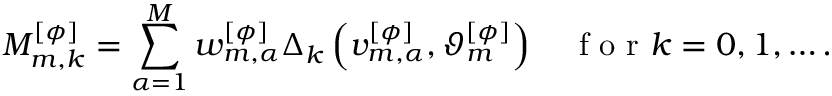
M _ { m , k } ^ { [ \phi ] } = \sum _ { \alpha = 1 } ^ { M } w _ { m , \alpha } ^ { [ \phi ] } \Delta _ { k } \left( v _ { m , \alpha } ^ { [ \phi ] } , \vartheta _ { m } ^ { [ \phi ] } \right) \quad \mathrm { ~ f ~ o ~ r ~ } k = 0 , 1 , \dots .